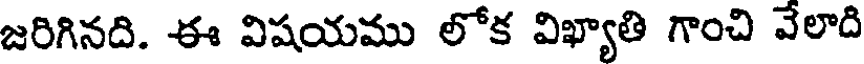
జరిగినది. ఈ విషయము లోక విఖ్యాతి గాంచి వేలాది